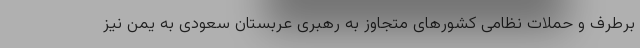
برطرف و حملات نظامی کشورهای متجاوز به رهبری عربستان سعودی به یمن نیز